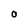
Character: O